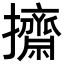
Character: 𢹓